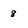
Character: 8